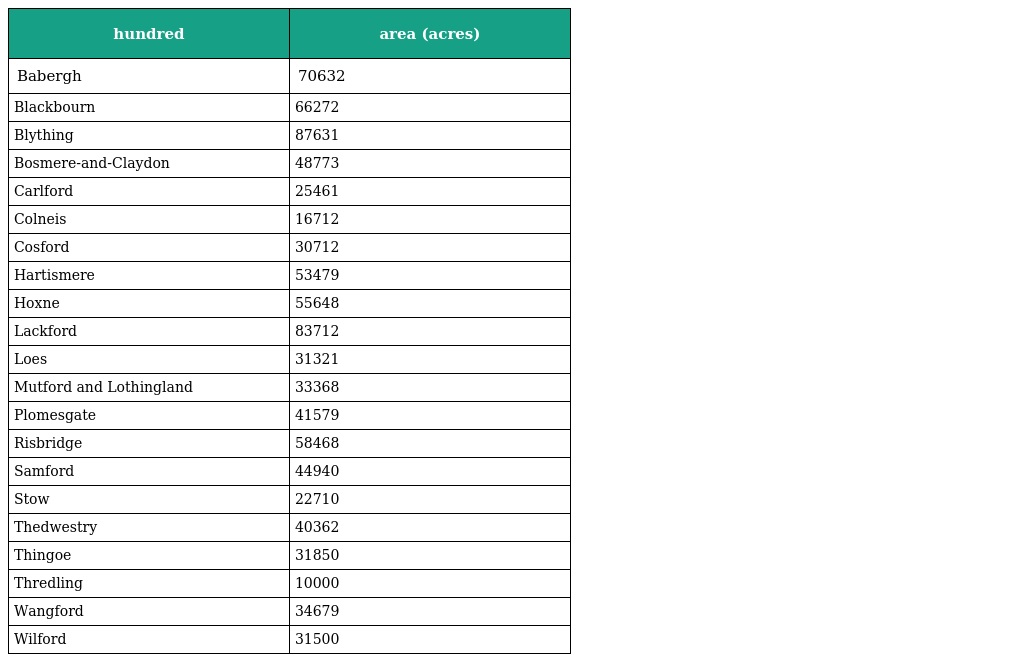
| hundred | area (acres) |
 | --- | --- |
 | Babergh | 70632 |
 | Blackbourn | 66272 |
 | Blything | 87631 |
 | Bosmere-and-Claydon | 48773 |
 | Carlford | 25461 |
 | Colneis | 16712 |
 | Cosford | 30712 |
 | Hartismere | 53479 |
 | Hoxne | 55648 |
 | Lackford | 83712 |
 | Loes | 31321 |
 | Mutford and Lothingland | 33368 |
 | Plomesgate | 41579 |
 | Risbridge | 58468 |
 | Samford | 44940 |
 | Stow | 22710 |
 | Thedwestry | 40362 |
 | Thingoe | 31850 |
 | Thredling | 10000 |
 | Wangford | 34679 |
 | Wilford | 31500 |